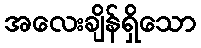
အလေးချိန်ရှိသော